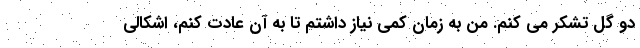
دو گل تشکر می کنم. من به زمان کمی نیاز داشتم تا به آن عادت کنم، اشکالی